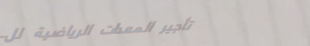
تأجير المعدات الرياضية لل